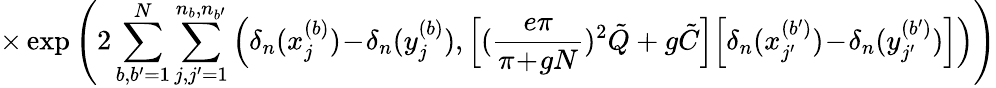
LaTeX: \times\exp\left(2\sum_{b,b^{\prime}=1}^{N}\sum_{j,j^{\prime}=1}^{n_{b},n_{b^{\prime}}}\Big(\delta_{n}(x_{j}^{(b)})\! -\! \delta_{n}(y_{j}^{(b)}),\Big[(\frac{e\pi}{\pi\! +\! gN})^{2}\tilde{Q}+g\tilde{C}\Big]\Big[\delta_{n}(x_{j^{\prime}}^{(b^{\prime})})\! -\! \delta_{n}(y_{j^{\prime}}^{(b^{\prime})})\Big]\Big)\right)